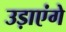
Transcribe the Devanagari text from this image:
उड़ाएंगे